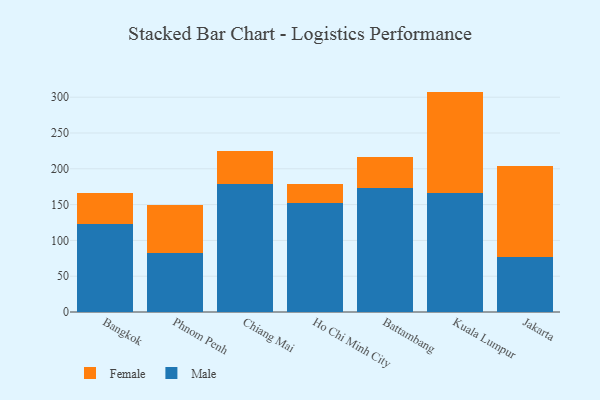
{"axis": {"x": "City", "y": "Tickets Resolved"}, "legend": ["Female", "Male"], "data": [{"x": "Bangkok", "y": 122.9, "type": "Male"}, {"x": "Bangkok", "y": 43.8, "type": "Female"}, {"x": "Phnom Penh", "y": 82.6, "type": "Male"}, {"x": "Phnom Penh", "y": 66.5, "type": "Female"}, {"x": "Chiang Mai", "y": 178.7, "type": "Male"}, {"x": "Chiang Mai", "y": 45.6, "type": "Female"}, {"x": "Ho Chi Minh City", "y": 152.5, "type": "Male"}, {"x": "Ho Chi Minh City", "y": 25.6, "type": "Female"}, {"x": "Battambang", "y": 173.1, "type": "Male"}, {"x": "Battambang", "y": 44.0, "type": "Female"}, {"x": "Kuala Lumpur", "y": 165.7, "type": "Male"}, {"x": "Kuala Lumpur", "y": 142.1, "type": "Female"}, {"x": "Jakarta", "y": 77.2, "type": "Male"}, {"x": "Jakarta", "y": 126.9, "type": "Female"}]}